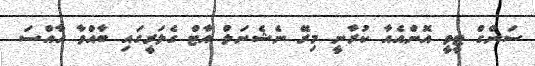
ސަންގް ޓީވީ އޮންއެއާ ކުރާނީ މިރޭ ނެޝެނަލް އާޓް ގެލަރީގައި ބާއްވާ ހާއްސަ